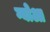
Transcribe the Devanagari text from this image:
ग्योआ